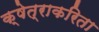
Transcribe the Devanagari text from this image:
क्षेत्राकरिता